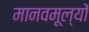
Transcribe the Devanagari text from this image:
मानवमूल्यों